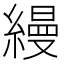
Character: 縵